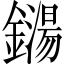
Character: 鐋